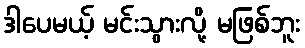
ဒါပေမယ့် မင်းသွားလို့ မဖြစ်ဘူး